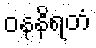
ဝနနိရတံ